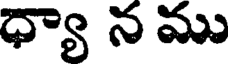
ధ్యా న ము